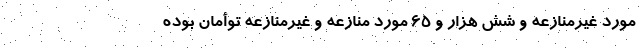
مورد غیرمنازعه و شش هزار و ۶۵ مورد منازعه و غیرمنازعه توأمان بوده